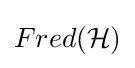
Fred({\mathcal {H}})